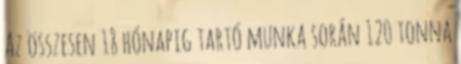
Az összesen 18 hónapig tartó munka során 120 tonna